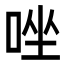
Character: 唑